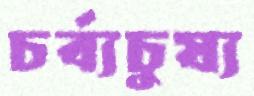
চর্ব্যচুষ্য